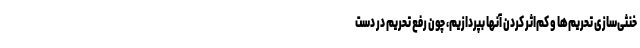
خنثی‌سازی تحریم‌ها و کم‌اثر کردن آنها بپردازیم، چون رفع تحریم در دست